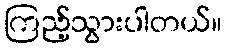
ကြည့်သွားပါတယ်။